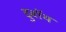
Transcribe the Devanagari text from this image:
डुबॉय